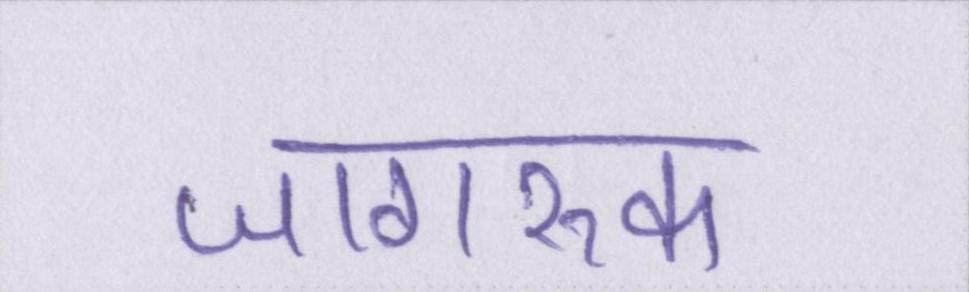
जागरूक